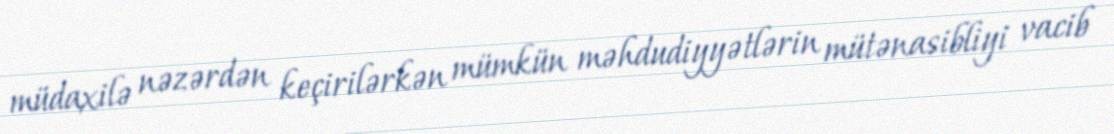
müdaxilə nəzərdən keçirilərkən mümkün məhdudiyyətlərin mütənasibliyi vacib